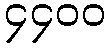
၄၄၀၀